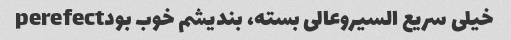
خیلی سریع السیروعالی بسته، بندیشم خوب بودperefect